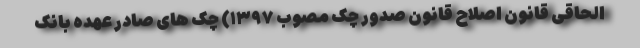
الحاقی قانون اصلاح قانون صدور چک مصوب ۱۳۹۷) چک های صادر عهده بانک